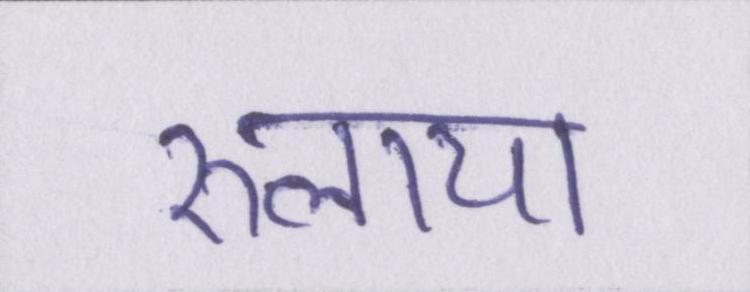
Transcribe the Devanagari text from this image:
रुलाया